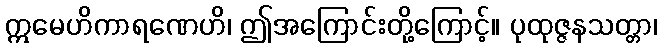
ဣမေဟိကာရဏေဟိ၊ ဤအကြောင်းတို့ကြောင့်။ ပုထုဇ္ဇနသတ္တာ၊